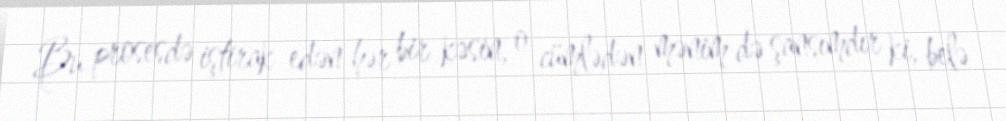
Bu prosesdə iştirak edən hər bir kəsin, o cümlədən mənim də şansımdır ki, belə